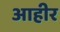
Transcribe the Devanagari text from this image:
आहीर